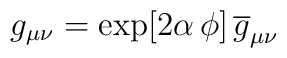
g_{\mu \nu } = \exp [2\alpha \,\phi] \, \overline{g}_{\mu \nu }